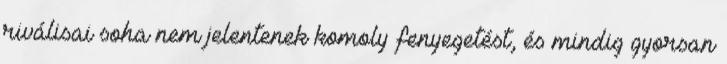
riválisai soha nem jelentenek komoly fenyegetést, és mindig gyorsan